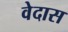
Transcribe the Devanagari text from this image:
वेदास